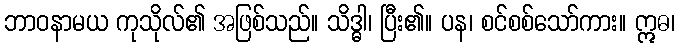
ဘာဝနာမယ ကုသိုလ်၏ အဖြစ်သည်။ သိဒ္ဓါ၊ ပြီး၏။ ပန၊ စင်စစ်သော်ကား။ ဣဓ၊